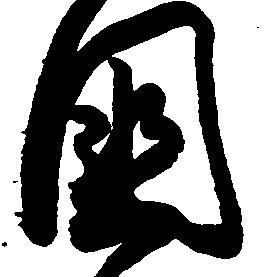
国